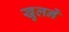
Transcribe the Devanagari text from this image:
खुलनें